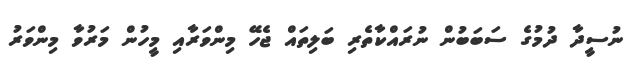
ނުސީދާ ދުމުގެ ސަބަބުން ނުރައްކާތެރި ބަލިތައް ޖެހޭ މިންވަރާއި މީހުން މަރުވާ މިންވަރު